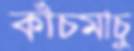
কাঁচমাচু